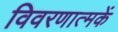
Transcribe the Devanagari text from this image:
विवरणात्मकें